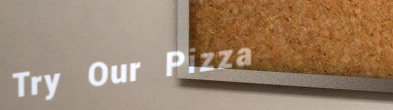
Try Our Pizza